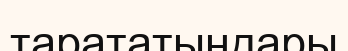
тарататындары